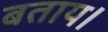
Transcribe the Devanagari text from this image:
बताय।